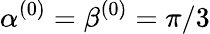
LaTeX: \alpha^{(0)}=\beta^{(0)}=\pi/3